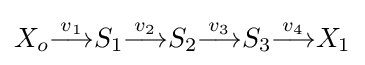
X_{o}{\stackrel {v_{1}}{\longrightarrow }}S_{1}{\stackrel {v_{2}}{\longrightarrow }}S_{2}{\stackrel {v_{3}}{\longrightarrow }}S_{3}{\stackrel {v_{4}}{\longrightarrow }}X_{1}